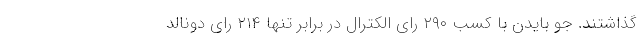
گذاشتند. جو بایدن با کسب ۲۹۰ رای الکترال در برابر تنها ۲۱۴ رای دونالد